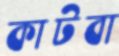
কাটবা